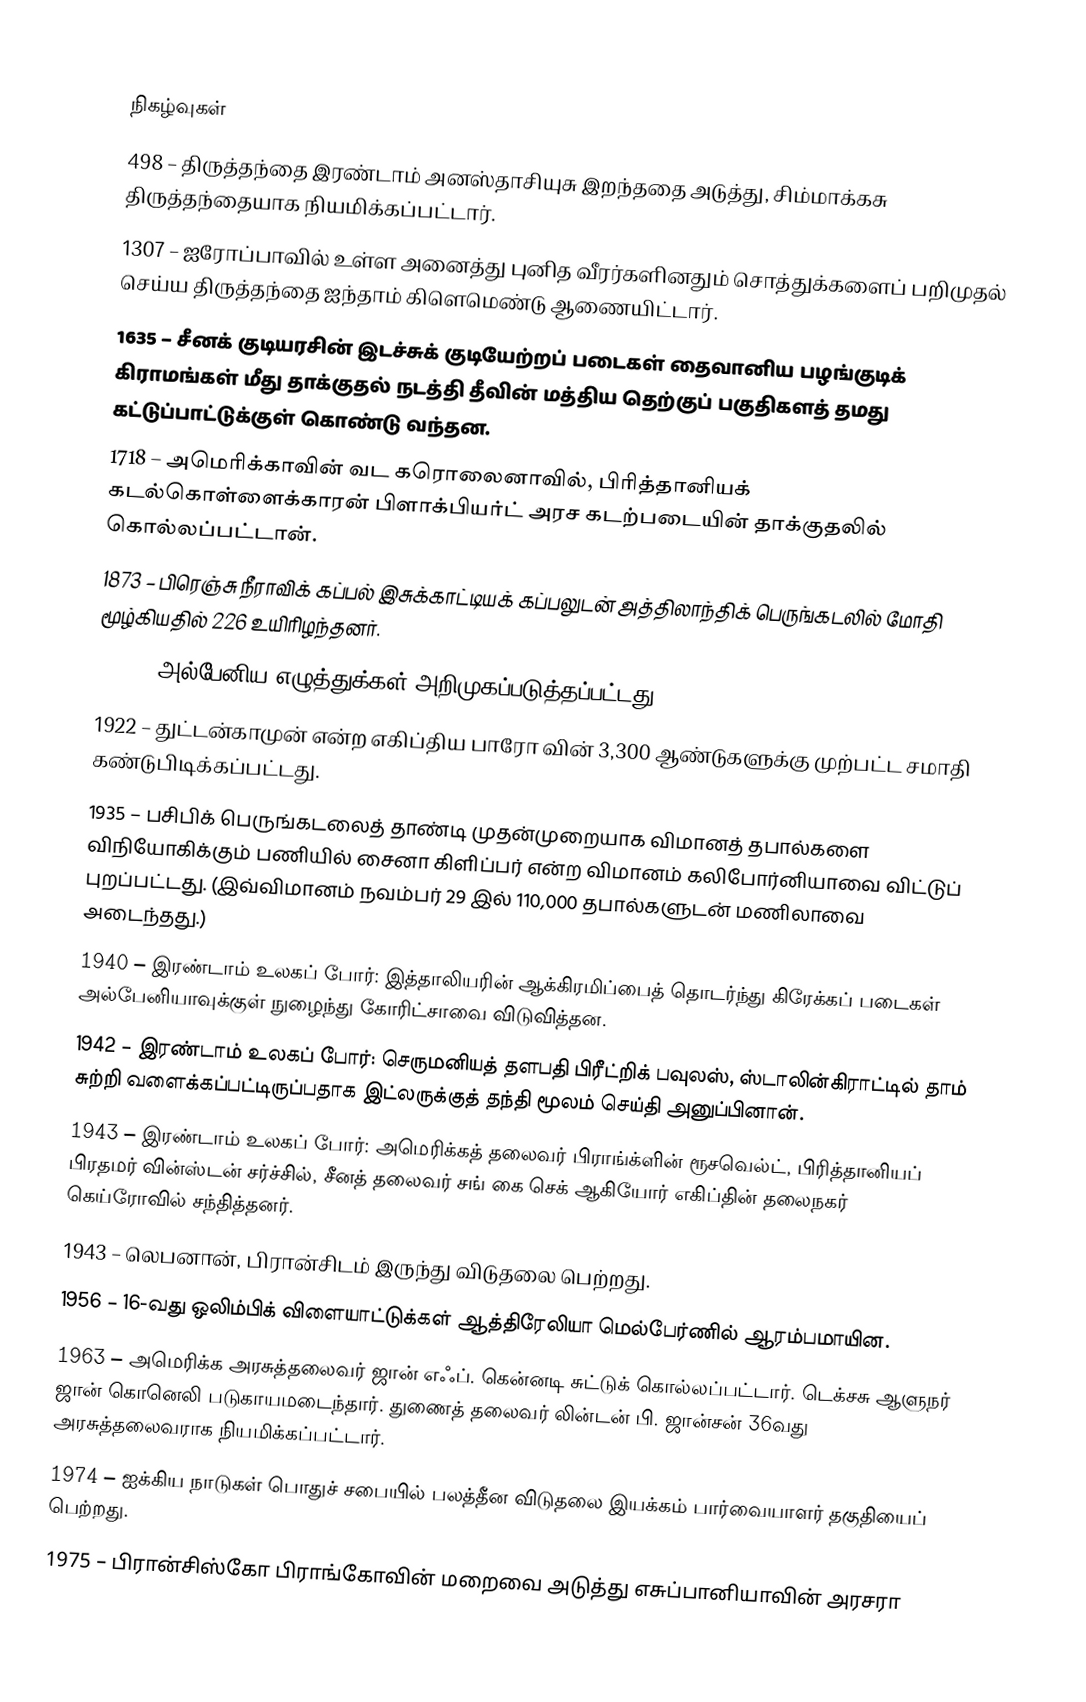

நிகழ்வுகள்
 498 – திருத்தந்தை இரண்டாம் அனஸ்தாசியுசு இறந்ததை அடுத்து, சிம்மாக்கசு திருத்தந்தையாக நியமிக்கப்பட்டார்.
1307 – ஐரோப்பாவில் உள்ள அனைத்து புனித வீரர்களினதும் சொத்துக்களைப் பறிமுதல் செய்ய திருத்தந்தை ஐந்தாம் கிளெமெண்டு ஆணையிட்டார்.
1635 – சீனக் குடியரசின் இடச்சுக் குடியேற்றப் படைகள் தைவானிய பழங்குடிக் கிராமங்கள் மீது தாக்குதல் நடத்தி தீவின் மத்திய தெற்குப் பகுதிகளத் தமது கட்டுப்பாட்டுக்குள் கொண்டு வந்தன.
1718 – அமெரிக்காவின் வட கரொலைனாவில், பிரித்தானியக் கடல்கொள்ளைக்காரன் பிளாக்பியர்ட் அரச கடற்படையின் தாக்குதலில் கொல்லப்பட்டான்.
1873 – பிரெஞ்சு நீராவிக் கப்பல் இசுக்காட்டியக் கப்பலுடன் அத்திலாந்திக் பெருங்கடலில் மோதி மூழ்கியதில் 226 உயிரிழந்தனர்.
1908 – அல்பேனிய எழுத்துக்கள் அறிமுகப்படுத்தப்பட்டது.
1922 – துட்டன்காமுன் என்ற எகிப்திய பாரோ வின் 3,300 ஆண்டுகளுக்கு முற்பட்ட சமாதி கண்டுபிடிக்கப்பட்டது.
1935 – பசிபிக் பெருங்கடலைத் தாண்டி முதன்முறையாக விமானத் தபால்களை விநியோகிக்கும் பணியில் சைனா கிளிப்பர் என்ற விமானம் கலிபோர்னியாவை விட்டுப் புறப்பட்டது. (இவ்விமானம் நவம்பர் 29 இல் 110,000 தபால்களுடன் மணிலாவை அடைந்தது.)
1940 – இரண்டாம் உலகப் போர்: இத்தாலியரின் ஆக்கிரமிப்பைத் தொடர்ந்து கிரேக்கப் படைகள் அல்பேனியாவுக்குள் நுழைந்து கோரிட்சாவை விடுவித்தன.
1942 – இரண்டாம் உலகப் போர்: செருமனியத் தளபதி பிரீட்றிக் பவுலஸ், ஸ்டாலின்கிராட்டில் தாம் சுற்றி வளைக்கப்பட்டிருப்பதாக இட்லருக்குத் தந்தி மூலம் செய்தி அனுப்பினான்.
1943 – இரண்டாம் உலகப் போர்: அமெரிக்கத் தலைவர் பிராங்க்ளின் ரூசவெல்ட், பிரித்தானியப் பிரதமர் வின்ஸ்டன் சர்ச்சில், சீனத் தலைவர் சங் கை செக் ஆகியோர் எகிப்தின் தலைநகர் கெய்ரோவில் சந்தித்தனர்.
1943 – லெபனான், பிரான்சிடம் இருந்து விடுதலை பெற்றது.
1956 – 16-வது ஒலிம்பிக் விளையாட்டுக்கள் ஆத்திரேலியா மெல்பேர்ணில் ஆரம்பமாயின.
1963 – அமெரிக்க அரசுத்தலைவர் ஜான் எஃப். கென்னடி சுட்டுக் கொல்லப்பட்டார். டெக்சசு ஆளுநர் ஜான் கொனெலி படுகாயமடைந்தார். துணைத் தலைவர் லின்டன் பி. ஜான்சன் 36வது அரசுத்தலைவராக நியமிக்கப்பட்டார்.
1974 – ஐக்கிய நாடுகள் பொதுச் சபையில் பலத்தீன விடுதலை இயக்கம் பார்வையாளர் தகுதியைப் பெற்றது.
1975 – பிரான்சிஸ்கோ பிராங்கோவின் மறைவை அடுத்து எசுப்பானியாவின் அரசரா